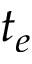
t _ { e }